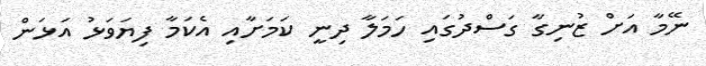
ނޭމާ އަށް ޒުނިގާ ގަސްދުގައި ހަމަލާ ދިނީ ކަމަށާއި އެކަމާ ފިޔަވަޅު އަޅަން